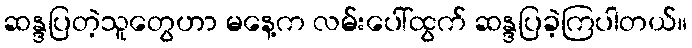
ဆန္ဒပြတဲ့သူတွေဟာ မနေ့က လမ်းပေါ်ထွက် ဆန္ဒပြခဲ့ကြပါတယ်။